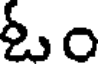
ఓం